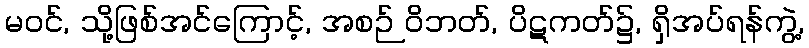
မဝင်, သို့ဖြစ်အင်ကြောင့်, အစဉ် ဝိဘတ်, ပိဋကတ်၌, ရှိအပ်ရန်ကွဲ့,